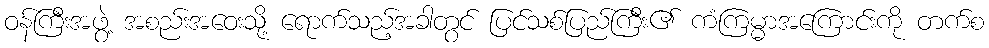
ဝန်ကြီးအဖွဲ့ အစည်းအဝေးသို့ ရောက်သည့်အခါတွင် ပြင်သစ်ပြည်ကြီး၏ ကံကြမ္မာအကြောင်းကို တက်စ